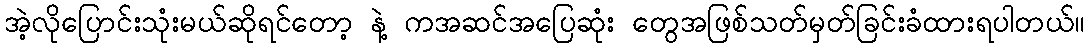
အဲ့လိုပြောင်းသုံးမယ်ဆိုရင်တော့ နဲ့ ကအဆင်အပြေဆုံး တွေအဖြစ်သတ်မှတ်ခြင်းခံထားရပါတယ်။